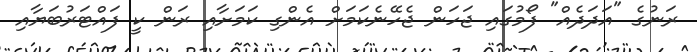
ރަނުގެ "އަދަދެއް" ފޯމުގައި ޖަހަން ޖެހޭނެކަމަށް އެންގި ކަމަށާއި ރަން ކީ ފައްޓަރުބަޔާއި